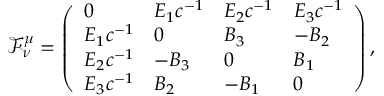
\mathcal { F } ^ { \mu } _ { \nu } = \left( \begin{array} { l l l l } { 0 } & { E _ { 1 } c ^ { - 1 } } & { E _ { 2 } c ^ { - 1 } } & { E _ { 3 } c ^ { - 1 } } \\ { E _ { 1 } c ^ { - 1 } } & { 0 } & { B _ { 3 } } & { - B _ { 2 } } \\ { E _ { 2 } c ^ { - 1 } } & { - B _ { 3 } } & { 0 } & { B _ { 1 } } \\ { E _ { 3 } c ^ { - 1 } } & { B _ { 2 } } & { - B _ { 1 } } & { 0 } \end{array} \right) ,